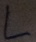
Text: L